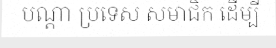
បណ្តា ប្រទេស សមាជិក ដើម្បី